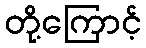
တို့ကြောင့်